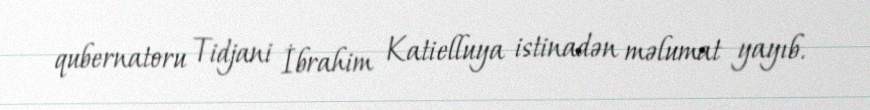
qubernatoru Tidjani İbrahim Katielluya istinadən məlumat yayıb.